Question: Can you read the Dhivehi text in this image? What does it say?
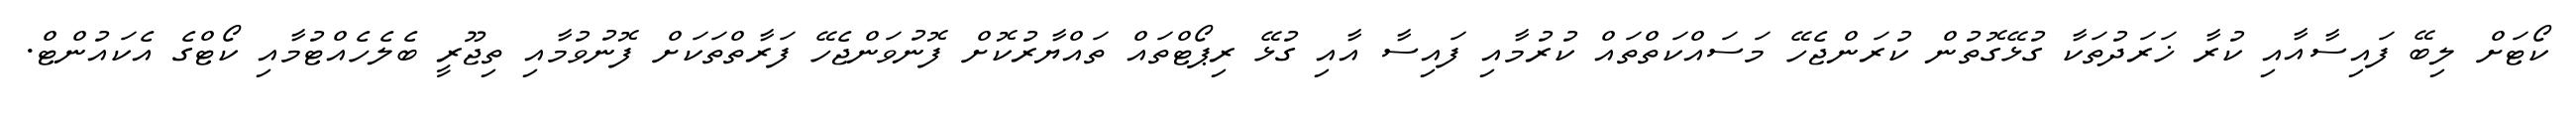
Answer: ކޯޓަށް ލިބޭ ފައިސާއާއި ކުރާ ޚަރަދުތަކާ ގުޅޭގޮތުން ކުރަންޖެހޭ މަސައްކަތްތައް ކުރުމާއި ފައިސާ އާއި ގުޅޭ ރިޕޯޓްތައް ތައްޔާރުކޮށް ފޮނުވަންޖެހޭ ފަރާތްތަކަށް ފޮނުވުމާއި ތިޖޫރީ ބެލެހެއްޓުމާއި ކޯޓްގެ އެކައުންޓް.